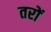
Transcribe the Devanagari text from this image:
तरों